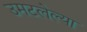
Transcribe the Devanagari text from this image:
उमटलेल्या